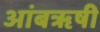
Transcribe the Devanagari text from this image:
आंबॠषी